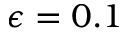
\epsilon = 0 . 1